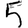
Digit: 5